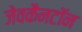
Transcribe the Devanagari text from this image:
जेवकैनटॉन